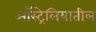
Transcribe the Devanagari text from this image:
अाॅस्ट्रेलियातील